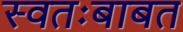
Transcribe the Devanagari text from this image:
स्वतःबाबत